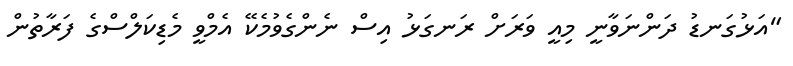
"އަޅުގަނޑު ދަންނަވާނީ މިއީ ވަރަށް ރަނގަޅު އިސް ނެންގެވުމެކޭ އެމްވީ މެޑިކަލްސްގެ ފަރާތުން